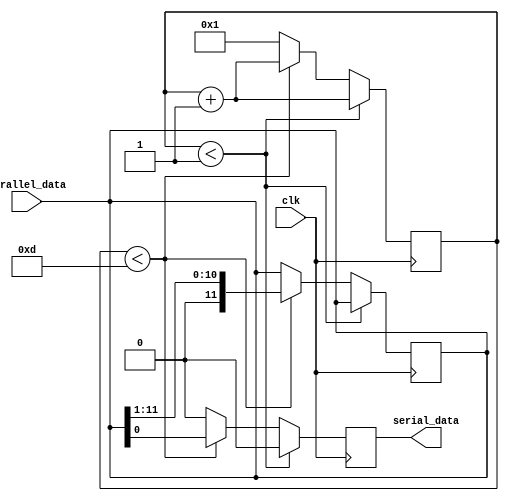
`define HEAD 1
`define TAIL 1
`define DATA 12 
module serializer(serial_data, parallel_data, clk);
input [11:0] parallel_data;
input clk;
output reg serial_data; // 4'b0000 for start, 4'b1111 for end

reg first_sent=1'b1;
reg [3:0]count=4'b0000;
reg start_flag=1'b0; // mark whether it should start start sending
reg [11:0] cache_data;

always @(posedge clk) begin
	if (start_flag) begin
		if (count < `HEAD) begin
			serial_data = 0;
			count = count + 1;
		end
		else begin
			if (count < `HEAD + `DATA) begin
				serial_data = cache_data[0];
				cache_data = {1'b0, cache_data[11:1]};
				count = count + 1;
			end
			// else if (count < `HEAD + `DATA + `TAIL) begin
			// 	serial_data = 1;
			// 	count = count + 1;
			// end
			else begin
				// start_flag = 0;
				count = 1;
				serial_data = 0;
			end
		end
	end
		// else begin
		// 	serial_data = 1;
		// end
end

always @(parallel_data) begin
	cache_data = parallel_data;
	start_flag = 1;
end

endmodule